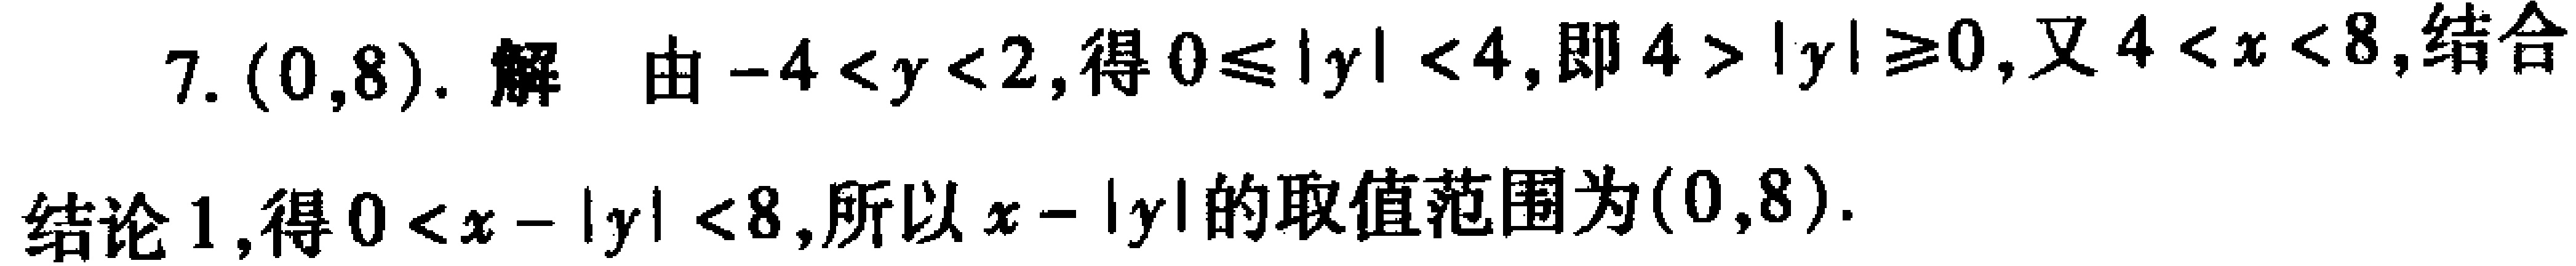
7. \((0,8)\). 解 由\(-4 < y < 2\), 得\(0\leqslant|y| < 4\), 即\(4 > |y|\geqslant0\), 又\(4 < x < 8\),结合结论1, 得\(0 < x - |y| < 8\), 所以\(x - |y|\)的取值范围为\((0,8)\).